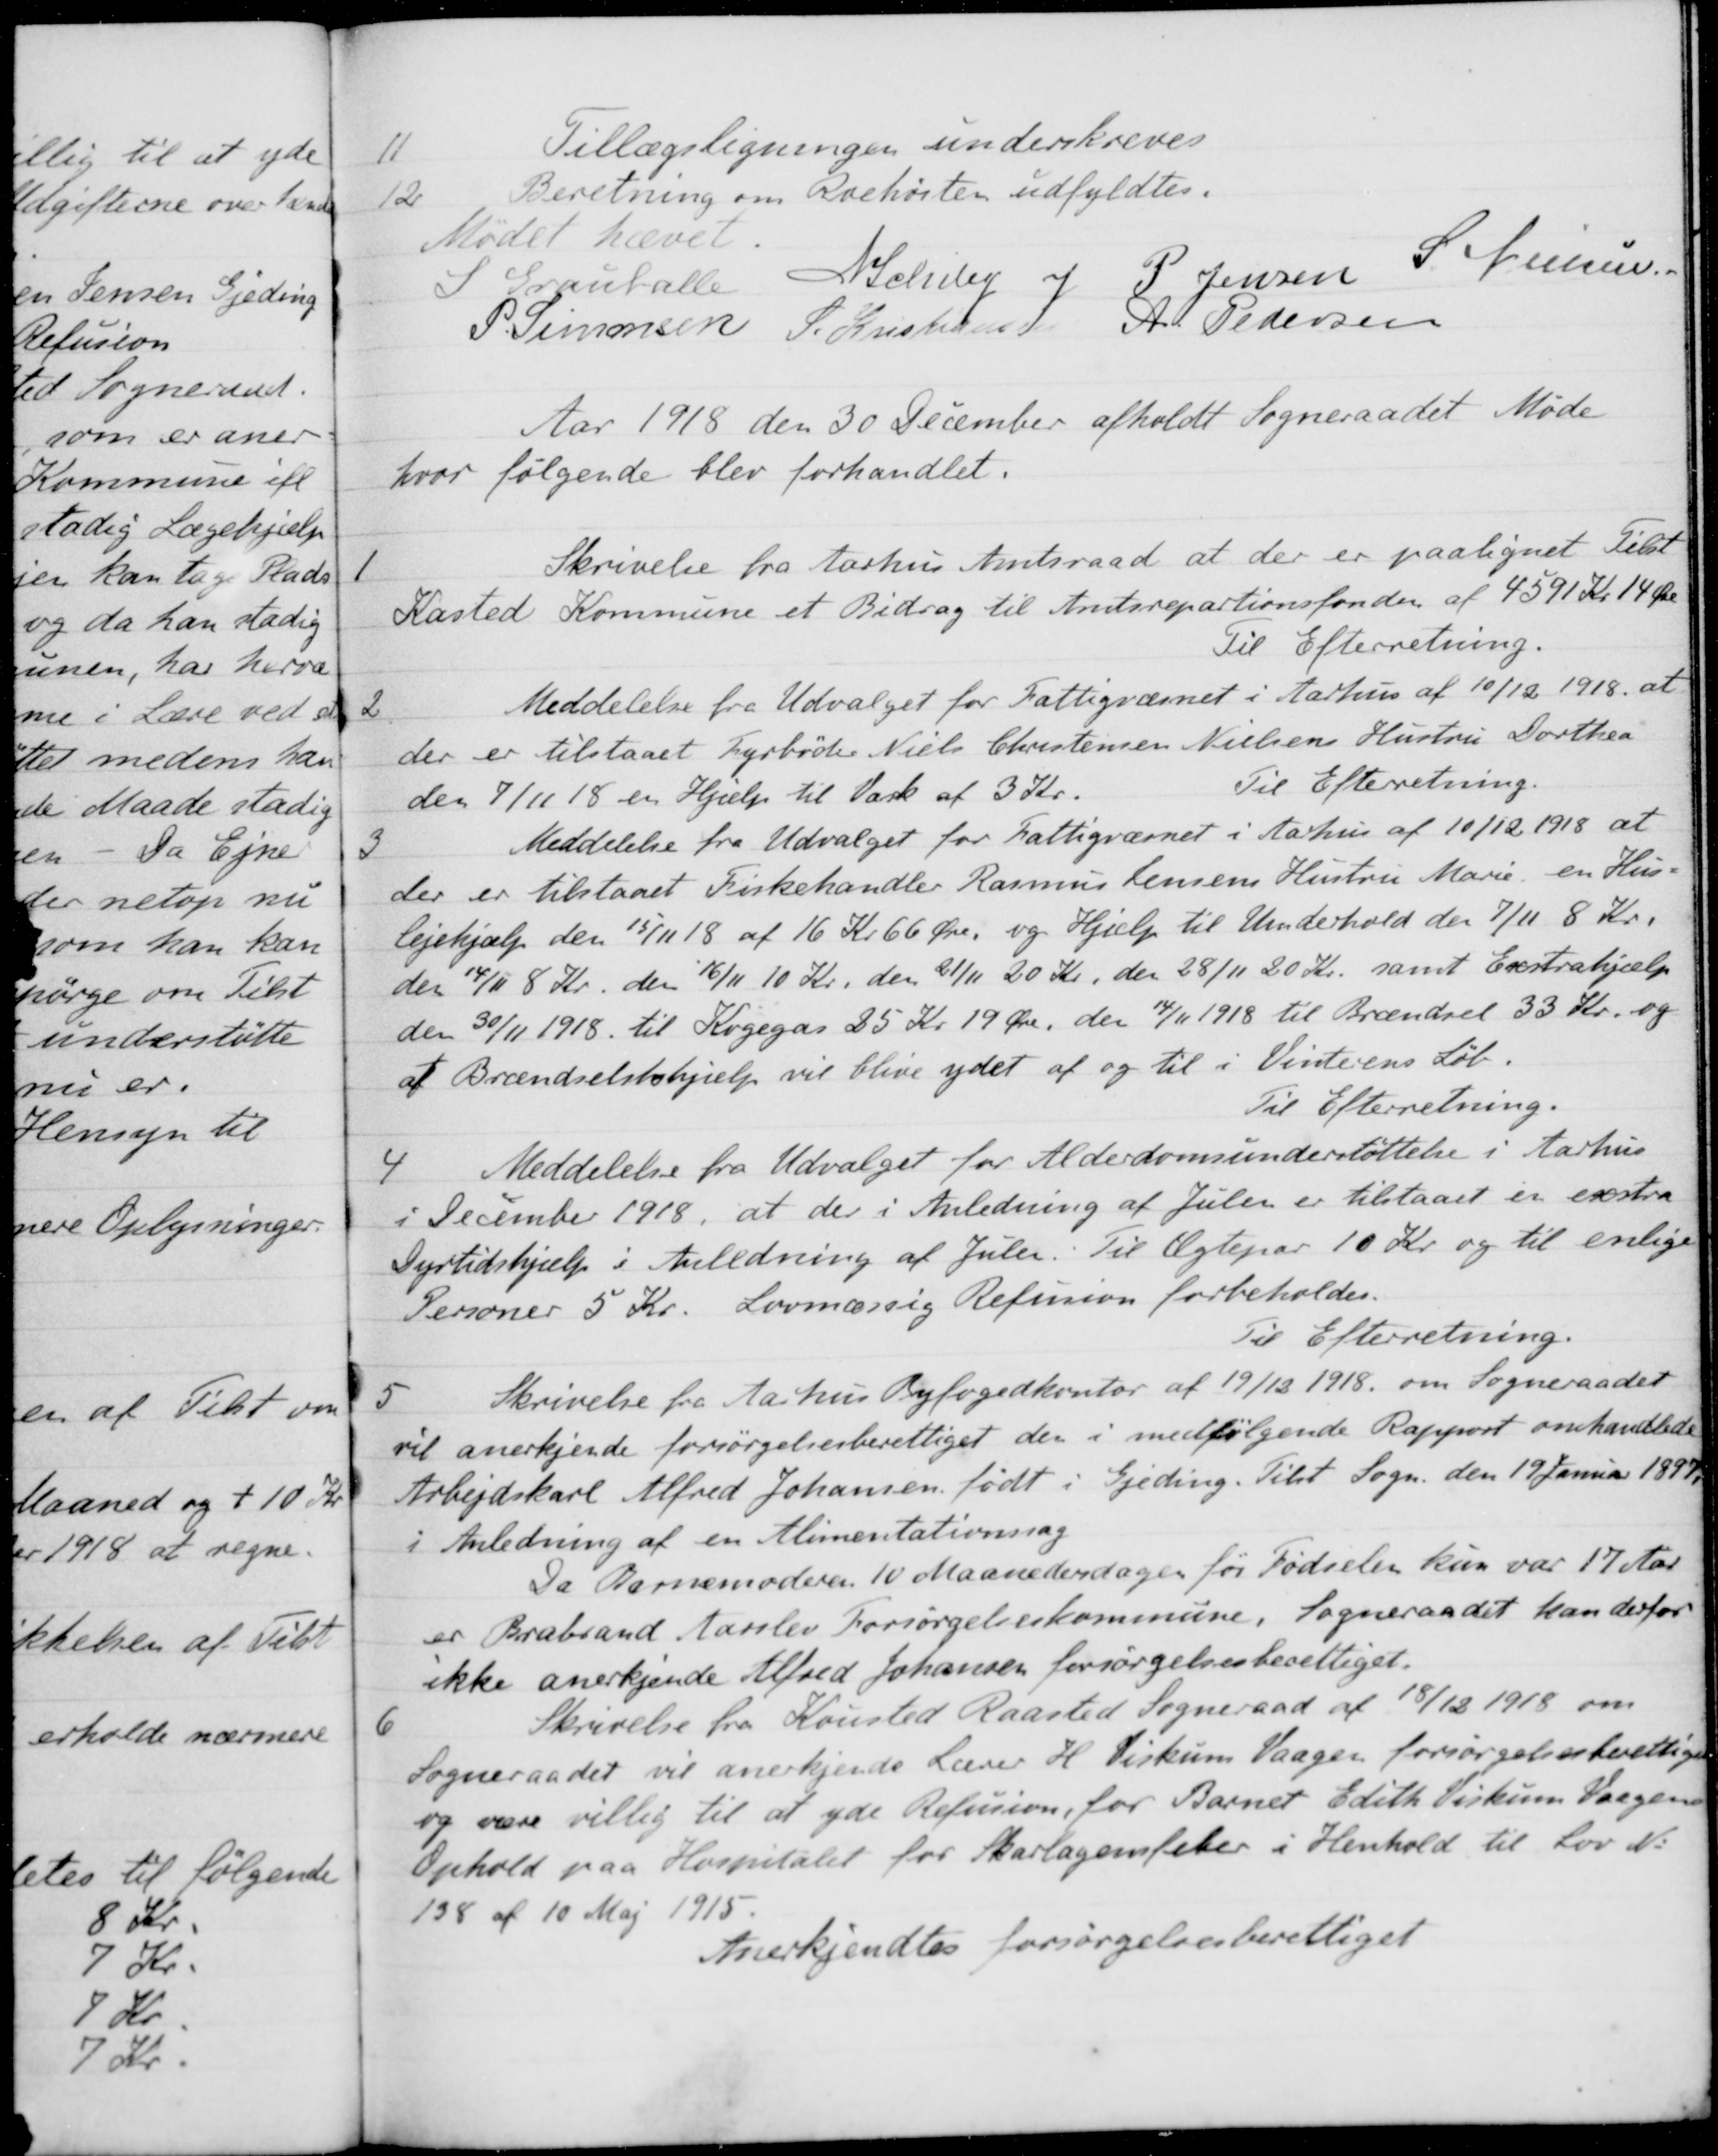
Transskription:
11
Tillægsligningen underskreves
12
Beretning om Roehøsten udfyldtes.
Mødet hævet.
S Grauballe
N Schiby
J P. Jensen
S. Nielsen
P. Simonsen
S. Kristiansen
A. Pedersen
Aar 1918 den 30 December afholdt Sogneraadet Møde
hvor følgende blev forhandlet.
1
Skrivelse fra Aarhus Amtsraad at der er paalignet Tilst
Kasted Kommune et Bidrag til Amtsrepartionsfonden af 4591 Kr 14 Øre
Til Efterretning.
2.
Meddelelse fra Udvalget for Fattigvæsnet i Aarhus af 10/12 1918 at
der er tilstaaet Fyrbøder Niels Christensen Nielsens Hustru Dorthea
den 7/11 18 en Hjælp til Vask af 3 Kr
Til Efterretning
3
Meddelelse fra Udvalget for Fattigvæsnet i Aarhus af 10/12 1918 at
der er tilstaaet Fiskehandler Rasmus Jensens Hustru Marie en Hus-
lejehjælp den 15/11 18 af 16 Kr 66 Øre, og Hjælp til Underhold den 7/11 8 Kr.
der 14/11 8 Kr. den 16/11 10 Kr. den 21/11 20 Kr, den 28/11 20 Kr. samt Extrahjælp
den 30/11 1918 til Kogegas 25 Kr. 19 Øre, den 14/11 1918 til Brændsel 33 Kr. og
af Brændselstshjælp vil blive ydet af og til i Vinterens Løb.
Til Efterretning.
4
Meddelelse fra Udvalget for Alderdomsunderstøttelse i Aarhus
i December 1918, at der i Anledning af Julen er tilstaaet er exstra
Dyrtidshjælp i Anledning af Julen. Til Ægtepar 10 Kr. og til enlige
Personer 5 Kr. Lovmæssig Refusion forbeholdes.
Til Efterretning.
5
Skrivelse fra Aarhus Byfogedkontor af 19/12 1918 om Sogneraadet
vil anerkjende forsørgelsesberettiget der i medfølgende Rapport omhandlede
Arbejdskarl Alfred Johansen født i Gjeding. Tilst Sogn den 19 Januar 1897.
i Anledning af en Alimentationssag
Da Barnemoderen 10 Maanedersdagen før Fødselen kun var 17 Aar
er Brabrand Aarslev Forsørgelseskommune. Sogneraadet han derfor
ikke anerkjende Alfred Johansen forsørgelsesberettiget.
6
Skrivelse fra Kousted Raasted Sogneraad af 18/12 1918 om
Sogneraadet vil anerkjende Lærer H. Fiskum Vaagen forsørgelsesberettiget
og være villig til at yde Refusion, for Barnet Edith Viskum Vaagens
Ophold paa Hospitalet for Skarlagensfeber i Henhold til Lov No
138 af 10 Maj 1915.
Anerkjendtes forsørgelsesberettiget